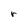
Character: r